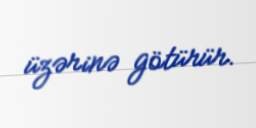
üzərinə götürür.